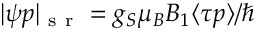
| \psi p | _ { \mathrm { ~ s ~ r ~ } } = g _ { S } \mu _ { B } B _ { 1 } \langle \tau p \rangle / \hbar